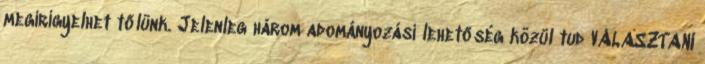
megirigyelhet tőlünk. Jelenleg három adományozási lehetőség közül tud VÁLASZTANI